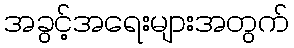
အခွင့်အရေးများအတွက်